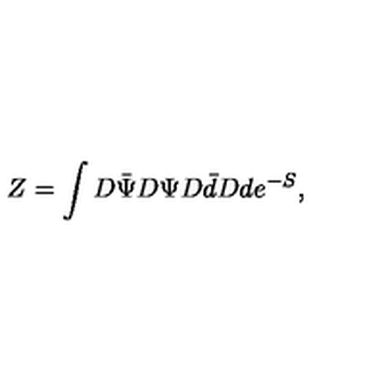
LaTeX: Z = \int D \bar { \Psi } D \Psi D \bar { d } D d e ^ { - S } ,